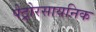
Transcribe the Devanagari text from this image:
पेट्रोरसायनिक